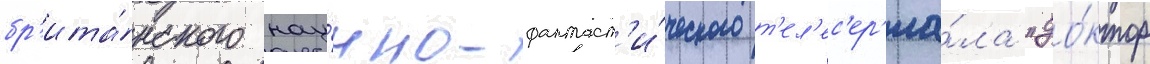
бр'ита́нского нау́чно-фантаст'и́ческого т'ел'ес'ер'иа́ла "до́ктор